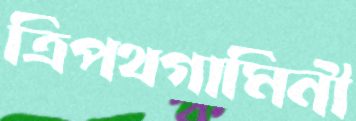
ত্রিপথগামিনী